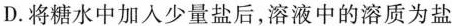
D.将糖水中加入少量盐后，溶液中的溶质为盐